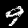
Digit: 9